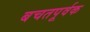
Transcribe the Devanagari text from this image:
बचतपूर्वक